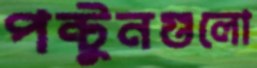
পন্টুনগুলো